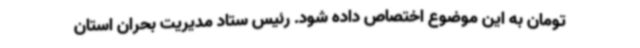
تومان به این موضوع اختصاص داده شود. رئیس ستاد مدیریت بحران استان